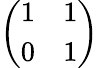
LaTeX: \left(\begin{array}{ll}{1}&{1}\\ {0}&{1}\end{array}\right)